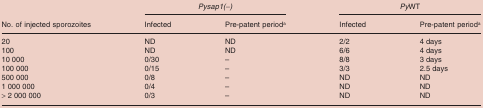
<table><thead><tr><td></td><td colspan="2"><b><i>Pysap1(−)</i></b></td><td colspan="2"><b><i>Py</i>WT</b></td></tr><tr><td><b>No. of injected sporozoites</b></td><td><b>Infected</b></td><td><b>Pre-patent perioda</b></td><td><b>Infected</b></td><td><b>Pre-patent perioda</b></td></tr></thead><tbody><tr><td>20</td><td>ND</td><td>ND</td><td>2/2</td><td>4 days</td></tr><tr><td>100</td><td>ND</td><td>ND</td><td>6/6</td><td>4 days</td></tr><tr><td>10 000</td><td>0/30</td><td>–</td><td>8/8</td><td>3 days</td></tr><tr><td>100 000</td><td>0/15</td><td>–</td><td>3/3</td><td>2.5 days</td></tr><tr><td>500 000</td><td>0/8</td><td>–</td><td>ND</td><td>ND</td></tr><tr><td>1 000 000</td><td>0/4</td><td>–</td><td>ND</td><td>ND</td></tr><tr><td>&gt; 2 000 000</td><td>0/3</td><td>–</td><td>ND</td><td>ND</td></tr></tbody></table>